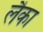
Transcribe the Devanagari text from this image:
लैका